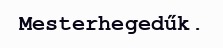
Mesterhegedűk.